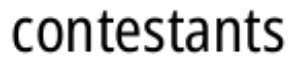
contestants